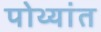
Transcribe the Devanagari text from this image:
पोथ्यांत